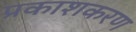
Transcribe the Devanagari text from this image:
प्रकाशकरण